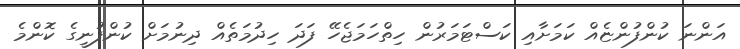
އަންނަ ކުންފުންޏެއް ކަމަށާއި ކަސްޓަމަރުން ހިތްހަމަޖެހޭ ފަދަ ހިދުމަތެއް ދިނުމަށް ކުންފުނީގެ ކޮންމެ